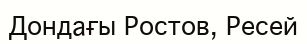
Дондағы Ростов, Ресей